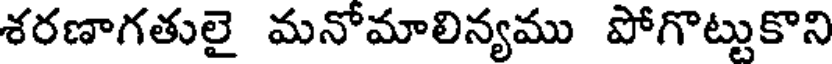
శరణాగతులై మనోమాలిన్యము పోగొట్టుకొని